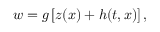
w = g \left[ z ( \boldsymbol { x } ) + h ( t , \boldsymbol { x } ) \right] ,